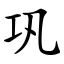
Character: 巩